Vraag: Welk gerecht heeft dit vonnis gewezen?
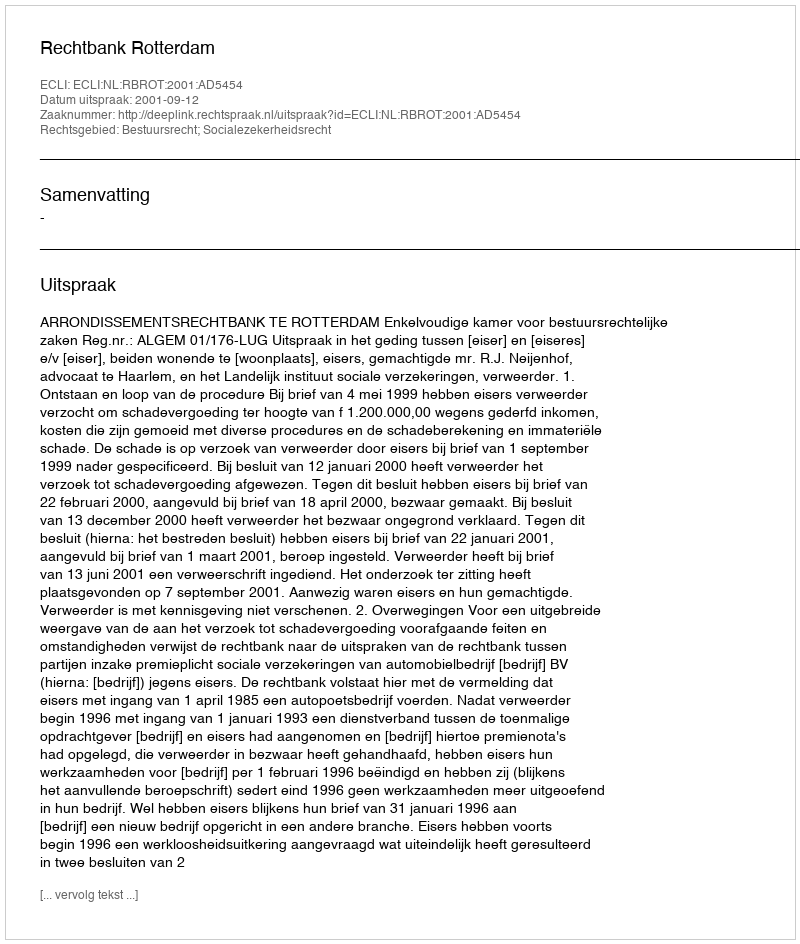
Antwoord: Rechtbank Rotterdam